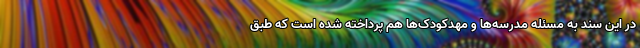
در این سند به مسئله مدرسه‌ها و مهدکودک‌ها هم پرداخته شده است که طبق